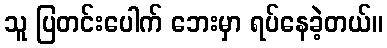
သူ ပြတင်းပေါက် ဘေးမှာ ရပ်နေခဲ့တယ်။